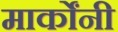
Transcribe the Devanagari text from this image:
मार्कोंनी